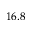
1 6 . 8